Report on vaccination in the Province of Bengal - 1874-1889
Year: 1874
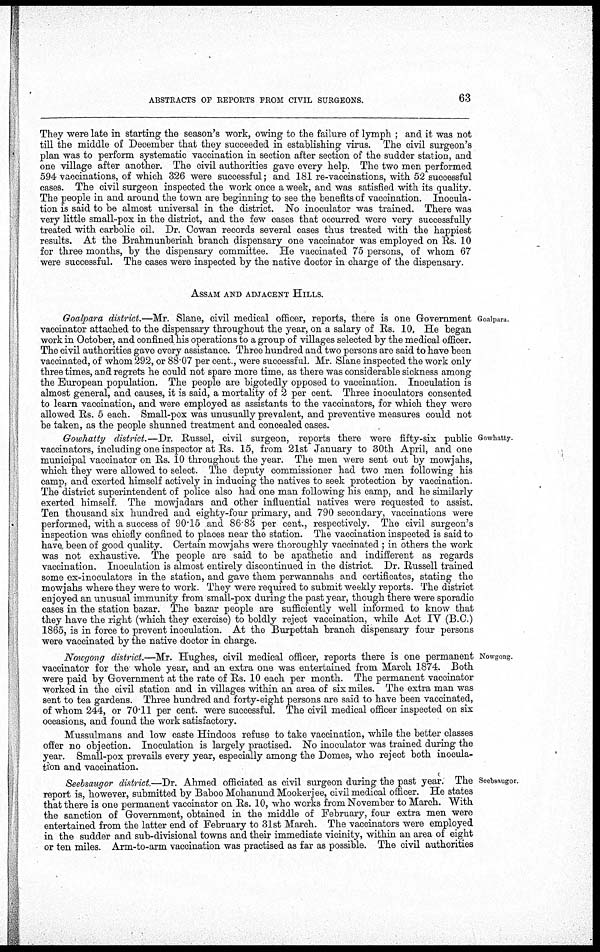
ABSTRACTS OF REPORTS FROM CIVIL SURGEONS.
63
They were late in starting the season's work, owing to the failure of lymph ; and it was not
till the middle of December that they succeeded in establishing virus. The civil surgeon's
plan was to perform systematic vaccination in section after section of the sudder station, and
one village after another. The civil authorities gave every help. The two men performed
594 vaccinations, of which 326 were successful; and 181 re-vaccinations, with 52 successful
cases. The civil surgeon inspected the work once a week, and was satisfied with its quality.
The people in and around the town are beginning to see the benefits of vaccination. Inocula-
tion is said to be almost universal in the district. No inoculator was trained. There was
very little small-pox in the district, and the few cases that occurred were very successfully
treated with carbolic oil. Dr. Cowan records several cases thus treated with the happiest
results. At the Brahmunberiah branch dispensary one vaccinator was employed on Rs. 10
for three months, by the dispensary committee. He vaccinated 75 persons, of whom 67
were successful. The cases were inspected by the native doctor in charge of the dispensary.
ASSAM AND ADJACENT HILLS.
Goalpara.
Goalpara district.—Mr. Slane, civil medical officer, reports, there is one Government
vaccinator attached to the dispensary throughout the year, on a salary of Rs. 10, He began
work in October, and confined his operations to a group of villages selected by the medical officer.
The civil authorities gave every assistance. Three hundred and two persons are said to have been
vaccinated, of whom 292, or 88.07 per cent, were successful. Mr. Slane inspected the work only
three times, and regrets he could not spare more time, as there was considerable sickness among
the European population. The people are bigotedly opposed to vaccination. Inoculation is
almost general, and causes, it is said, a mortality of 2 per cent. Three inoculators consented
to learn vaccination, and were employed as assistants to the vaccinators, for which they were
allowed Rs. 5 each. Small-pox was unusually prevalent, and preventive measures could not
be taken, as the people shunned treatment and concealed cases.
Gowhatty
Gowhatty district.—Dr. Russel, civil surgeon, reports there were fifty-six public
vaccinators, including one inspector at Rs. 15, from 21st January to 30th April, and one
municipal vaccinator on Rs. 10 throughout the year. The men were sent out by mowjahs,
which they were allowed to select. The deputy commissioner had two men following his
camp, and exerted himself actively in inducing the natives to seek protection by vaccination.
The district superintendent of police also had one man following his camp, and he similarly
exerted himself. The mowjadars.and other influential natives were requested to assist.
Ten thousand six hundred and eighty-four primary, and 790 secondary, vaccinations were
performed, with a success of 90.15 and 86.83 per cent., respectively. The civil surgeon's
inspection was chiefly confined to places near the station. The vaccination inspected is said to
have, been of good quality. Certain mowjahs were thoroughly vaccinated ; in others the work
was not exhaustive. The people are said to be apathetic and indifferent as regards
vaccination. Inoculation is almost entirely discontinued in the district. Dr. Russell trained
some ex-inoculators in the station, and gave them perwannahs and certificates, stating the
mowjahs where they were to work. They were required to submit weekly reports. The district
enjoyed an unusual immunity from small-pox during the past year, though there were sporadic
cases in the station bazar. The bazar people are sufficiently well informed to know that
they have the right (which they exercise) to boldly reject vaccination, while Act IV (B.C.)
1865, is in force to prevent inoculation. At the Burpettah branch dispensary four persons
were vaccinated by the native doctor in charge.
Nowgong
Nowgong district.—Mr. Hughes, civil medical officer, reports there is one permanent
vaccinator for the whole year, and an extra one was entertained from March 1874. Both
were paid by Government at the rate of Rs. 10 each per month. The permanent vaccinator
worked in the civil station and in villages within an area of six miles. The extra man was
sent to tea gardens. Three hundred and forty-eight persons are said to have been vaccinated,
of whom 244, or 70.11 per cent. were successful. The civil medical officer inspected on six
occasions, and found the work satisfactory.
Mussulmans and low caste Hindoos refuse to take vaccination, while the better classes
offer no objection. Inoculation is largely practised. No inoculator was trained during the
year. Small-pox prevails every year, especially among the Domes, who reject both inocula-
tion and vaccination.
Seebsaugor.
Seebsaugor district.—Dr. Ahmed officiated as civil surgeon during the past year. The
report is, however, submitted by Baboo Mohanund Mookerjee, civil medical officer. He states
that there is one permanent vaccinator on Rs. 10, who works from November to March. With
the sanction of Government, obtained in the middle of February, four extra men were
entertained from the latter end of February to 31st March. The vaccinators were employed
in the sudder and sub-divisional towns and their immediate vicinity, within an area of eight
or ten miles. Arm-to-arm vaccination was practised as far as possible. The civil authorities